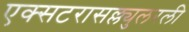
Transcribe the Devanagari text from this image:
एक्सटरासल्ल्युलरली